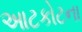
આટકોટના